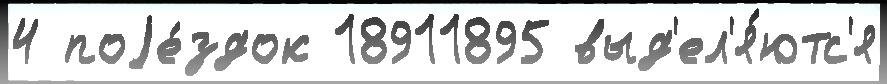
4 поjе́здок 18911895 выд'ел'я́ютс'я